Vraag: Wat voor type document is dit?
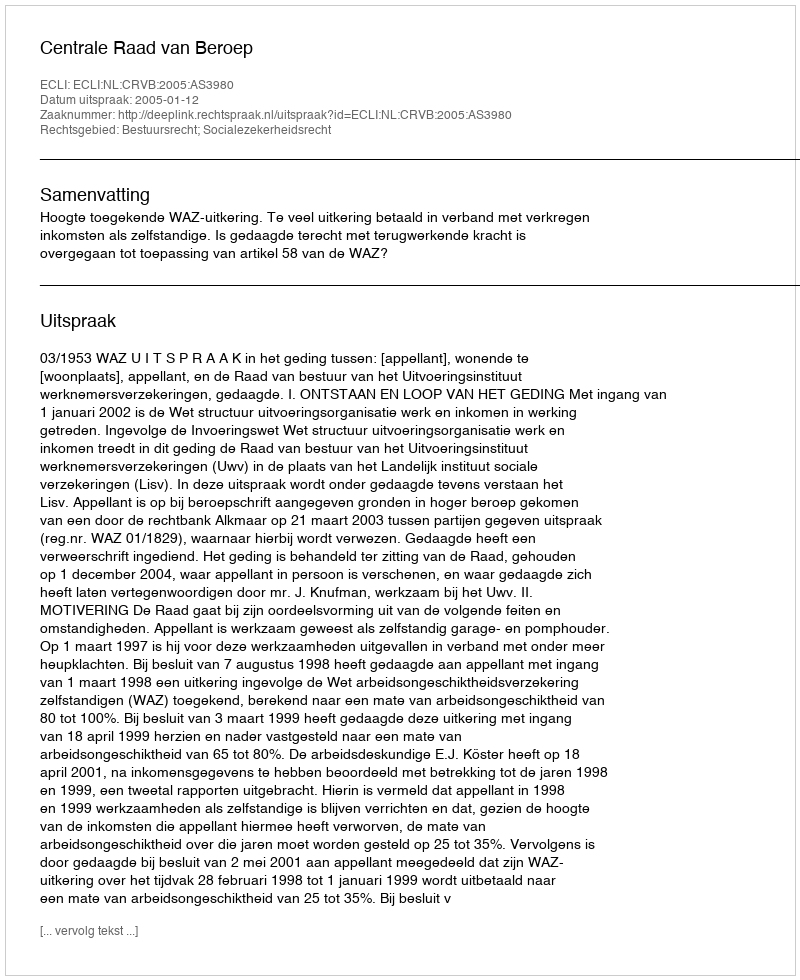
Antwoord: Uitspraak